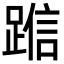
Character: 𬦿